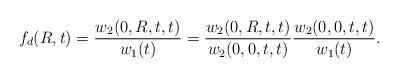
LaTeX: \begin{align*}f_d(R,t) = \frac{w_2(0,R,t,t)}{w_1(t)} = \frac{w_2(0,R,t,t)}{w_2(0,0,t,t)}\frac{w_2(0,0,t,t)}{w_1(t)}.\end{align*}